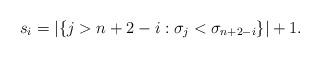
LaTeX: \begin{align*}s_{i} = |\{j > n+2-i: \sigma_j < \sigma_{n+2-i}\}|+1.\end{align*}